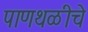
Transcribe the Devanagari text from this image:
पाणथळीचे